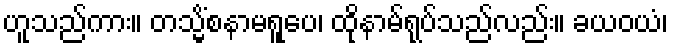
ဟူသည်ကား။ တသ္မိံစနာမရူပေ၊ ထိုနာမ်ရုပ်သည်လည်း။ ခယဝယံ၊